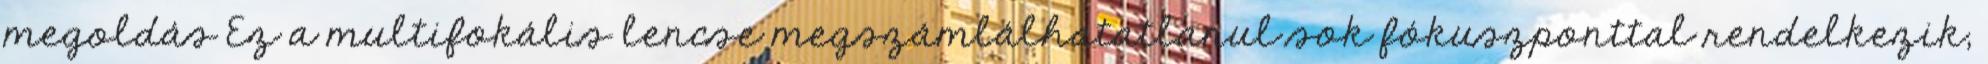
megoldás Ez a multifokális lencse megszámlálhatatlanul sok fókuszponttal rendelkezik,